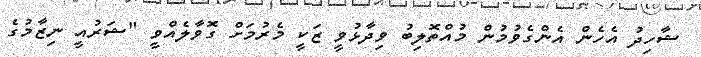
ޝާހިދު އެހެން އެންގެވުމުން މުއްތޮލިބު ވިދާޅުވީ ޒަކީ މެރުމަށް ގޮވާލެއްވީ "ޝަރުއީ ނިޒާމުގެ